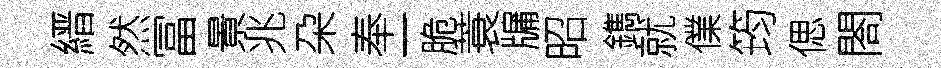
縉然冨㬌兆朶奉一脆蓑牖昭鐫就㒒筠偲閤